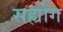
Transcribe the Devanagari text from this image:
सह्योग